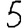
Digit: 5